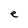
Character: e